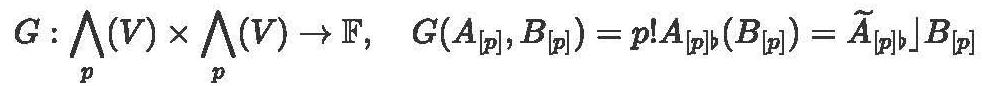
\[ G : \bigwedge_p (V) \times \bigwedge_p (V) \to \mathbb{F}, \quad G(A_{[p]}, B_{[p]}) = p! A_{[p]}\lrcorner (B_{[p]}) = \widetilde{A}_{[p]}\lrcorner B_{[p]} \]